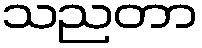
သညတာ